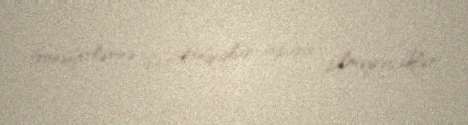
transferlərinə dair danışıqlar apara bilməyəcəklər.